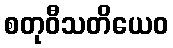
စတုဝီသတိယေဝ